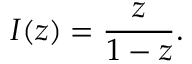
I ( z ) = { \frac { z } { 1 - z } } .